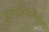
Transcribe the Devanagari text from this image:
सुल्फ़ोनामिदेस